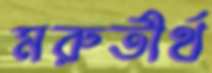
মরুতীর্থ